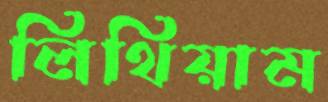
লিথিয়াম